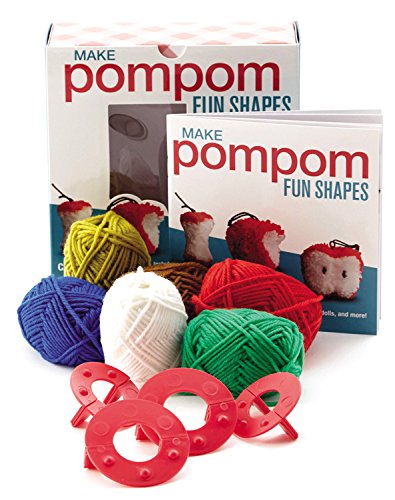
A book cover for Make Pompom Fun Shapes: Creative Craft Kit-Includes yarn, templates, and instructions for making fruit, dolls, ornaments, and more! - Featuring a 16-page book with instructions and ideas; Crafts, Hobbies & Home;